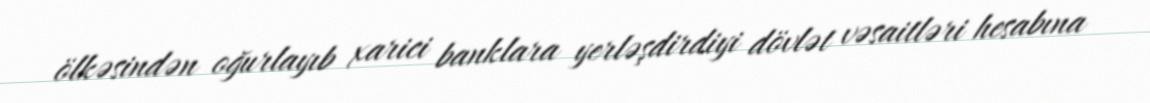
ölkəsindən oğurlayıb xarici banklara yerləşdirdiyi dövlət vəsaitləri hesabına